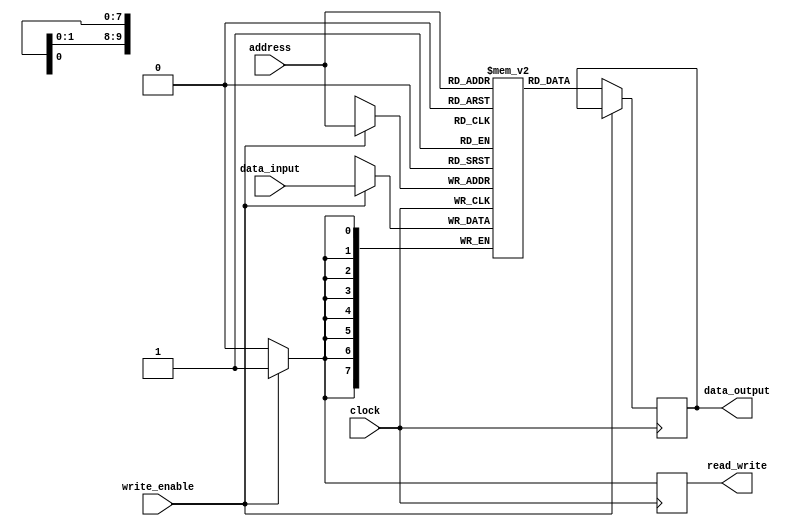
module RAM #(parameter DATA_WIDTH=8, ADDRESS_WIDTH=10) (
    input [ADDRESS_WIDTH-1:0] address,
    input [DATA_WIDTH-1:0] data_input,
    input write_enable,
    input clock,
    output reg [DATA_WIDTH-1:0] data_output,
    output reg read_write
);

reg [DATA_WIDTH-1:0] memory [2**ADDRESS_WIDTH-1:0];

always @(posedge clock) begin
    if (write_enable) begin
        memory[address] <= data_input;
        read_write <= 1'b1; // write operation
    end else begin
        data_output <= memory[address];
        read_write <= 1'b0; // read operation
    end
end

endmodule